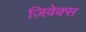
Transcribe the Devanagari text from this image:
ज़िवेक्स